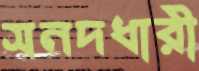
সনদধারী